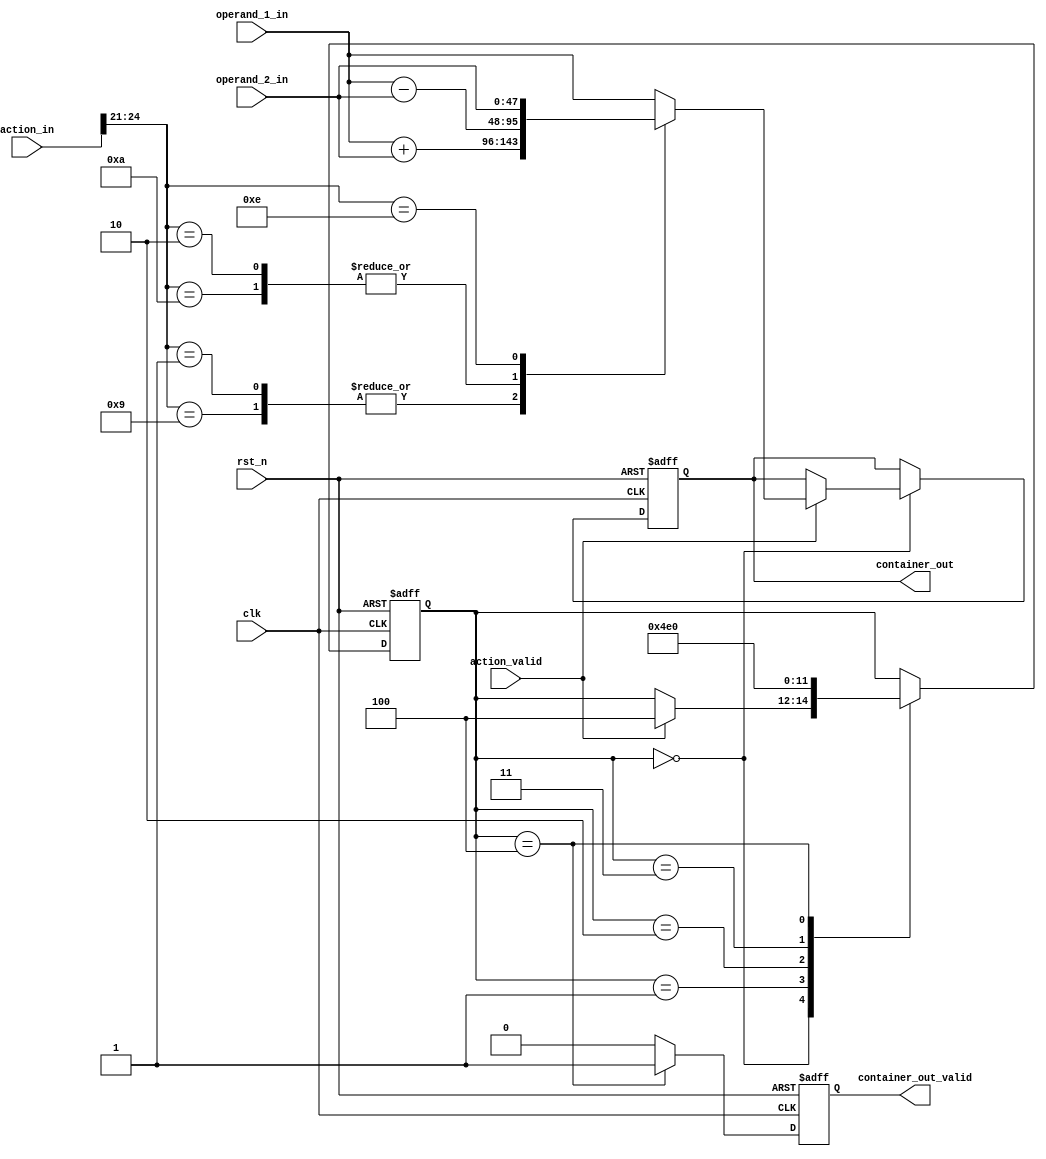
`timescale 1ns / 1ps

module alu_1 #(
    parameter STAGE_ID = 0,
    parameter ACTION_LEN = 25,
    parameter DATA_WIDTH = 48  //data width of the ALU
)
(
    input clk,
    input rst_n,

    //input from sub_action
    input [ACTION_LEN-1:0]            action_in,
    input                             action_valid,
    input [DATA_WIDTH-1:0]            operand_1_in,
    input [DATA_WIDTH-1:0]            operand_2_in,

    //output to form PHV
    output reg [DATA_WIDTH-1:0]       container_out,
    output reg                        container_out_valid

);

/*
4 operations to support:

1,2. add/sub:   0001/0010
              extract 2 operands from pkt header, add(sub) and write back.

3,4. addi/subi: 0011/0100
              extract op1 from pkt header, op2 from action, add(sub) and write back.
*/


localparam IDLE_S=3'd0, 
		   WAIT1_S=3'd1, 
		   WAIT2_S=3'd2, 
		   WAIT3_S=3'd3, 
		   OUTPUT_S=3'd4;

reg [2:0]					state, state_next;
reg [DATA_WIDTH-1:0]		container_out_r;
reg							container_out_valid_next;

always @(*) begin
	state_next = state;
	container_out_r = container_out;
	container_out_valid_next = 0;

	case (state)
		IDLE_S: begin
			if (action_valid) begin
				state_next = OUTPUT_S;
				case(action_in[24:21])
            	    4'b0001, 4'b1001: begin
            	        container_out_r = operand_1_in + operand_2_in;
            	    end
            	    4'b0010, 4'b1010: begin
            	        container_out_r = operand_1_in - operand_2_in;
            	    end
					4'b1110: begin
						container_out_r = operand_2_in;
					end
            	    //if its an empty (default) action
            	    default: begin
            	        container_out_r = operand_1_in;
            	    end
            	endcase
			end
		end
		WAIT1_S: begin
			// empty cycle
			state_next = WAIT2_S;
		end
		WAIT2_S: begin
			state_next = WAIT3_S;
		end
		WAIT3_S: begin
			state_next = OUTPUT_S;
		end
		OUTPUT_S: begin
			container_out_valid_next = 1;
			state_next = IDLE_S;
		end
	endcase
end

always @(posedge clk or negedge rst_n) begin
	if (~rst_n) begin
		container_out <= 0;
		container_out_valid <= 0;
		state <= IDLE_S;
	end
	else begin
		state <= state_next;
		container_out_valid <= container_out_valid_next;
		container_out <= container_out_r;
	end
end


endmodule